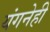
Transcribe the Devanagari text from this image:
यंगनेही